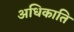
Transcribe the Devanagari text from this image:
अधिकाति